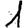
Digit: 1